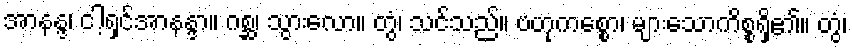
အာနန္ဒ၊ ငါ့ရှင်အာနန္ဒာ။ ဂစ္ဆ၊ သွားလော။ တွံ၊ သင်သည်။ ဗဟုကစ္စော၊ များသောကိစ္စရှိ၏။ တွံ၊